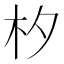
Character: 𣏐